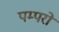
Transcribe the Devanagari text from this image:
पम्परों